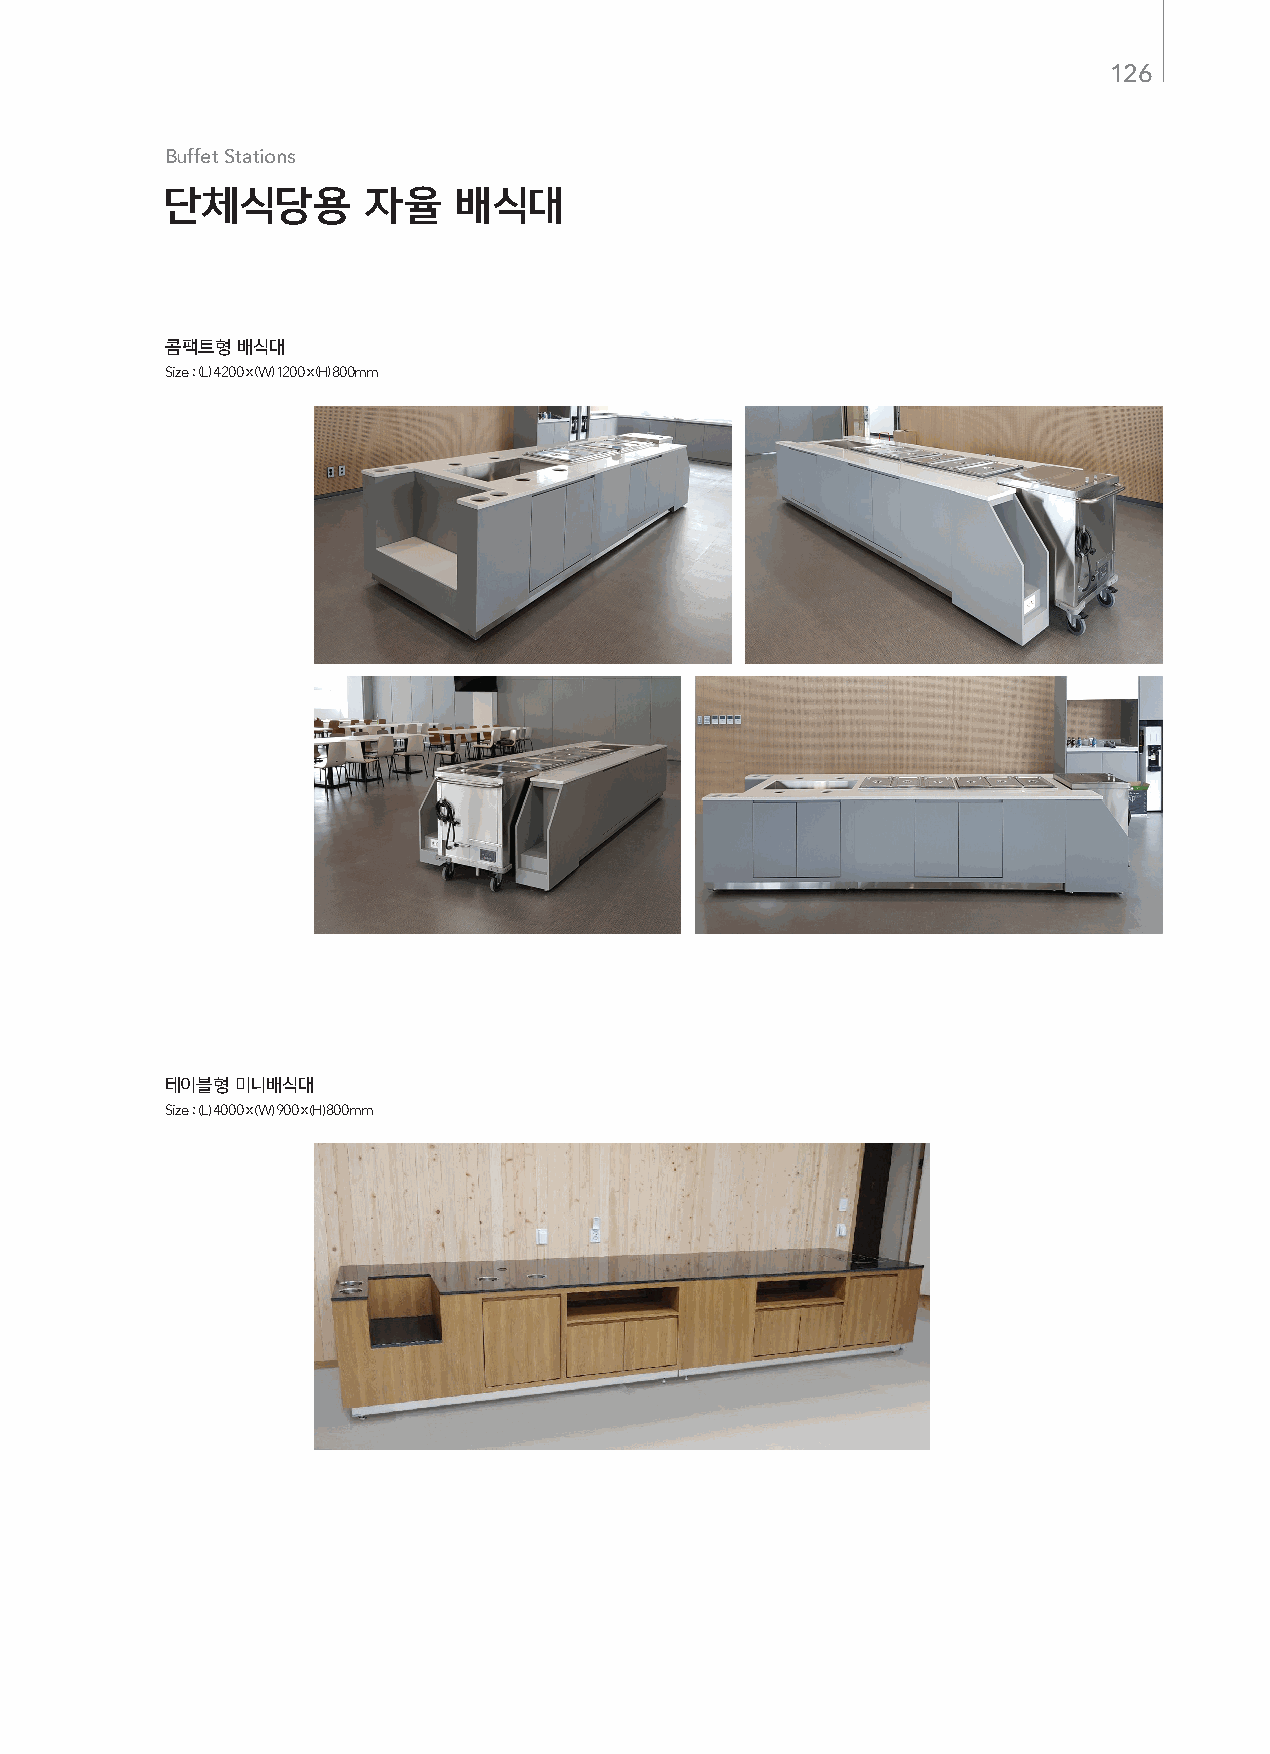
126
 Buffet Stations
 단체식당용        자율    배식대
 콤팩트형 배식대
 Size : (L) 4200 x (W) 1200 x (H) 800mm
 테이블형 미니배식대
 Size : (L) 4000 x (W) 900 x (H) 800mm